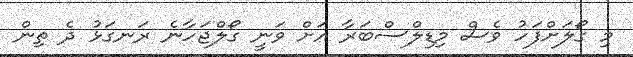
މި ގޯލަށްފަހު ވެސް މިޑިލްސްބަރާ އަށް ވަނީ ގޯލްޖަހާނެ ރަނގަޅު ދެ ތިން